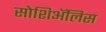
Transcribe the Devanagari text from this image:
सोशिअॅलिस